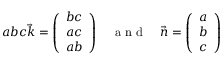
a b c \vec { k } = \left( \begin{array} { r } { b c } \\ { a c } \\ { a b } \end{array} \right) \enspace \enspace \mathrm { ~ a ~ n ~ d ~ } \enspace \enspace \vec { n } = \left( \begin{array} { r } { a } \\ { b } \\ { c } \end{array} \right)